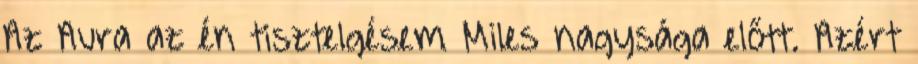
Az Aura az én tisztelgésem Miles nagysága előtt. Azért